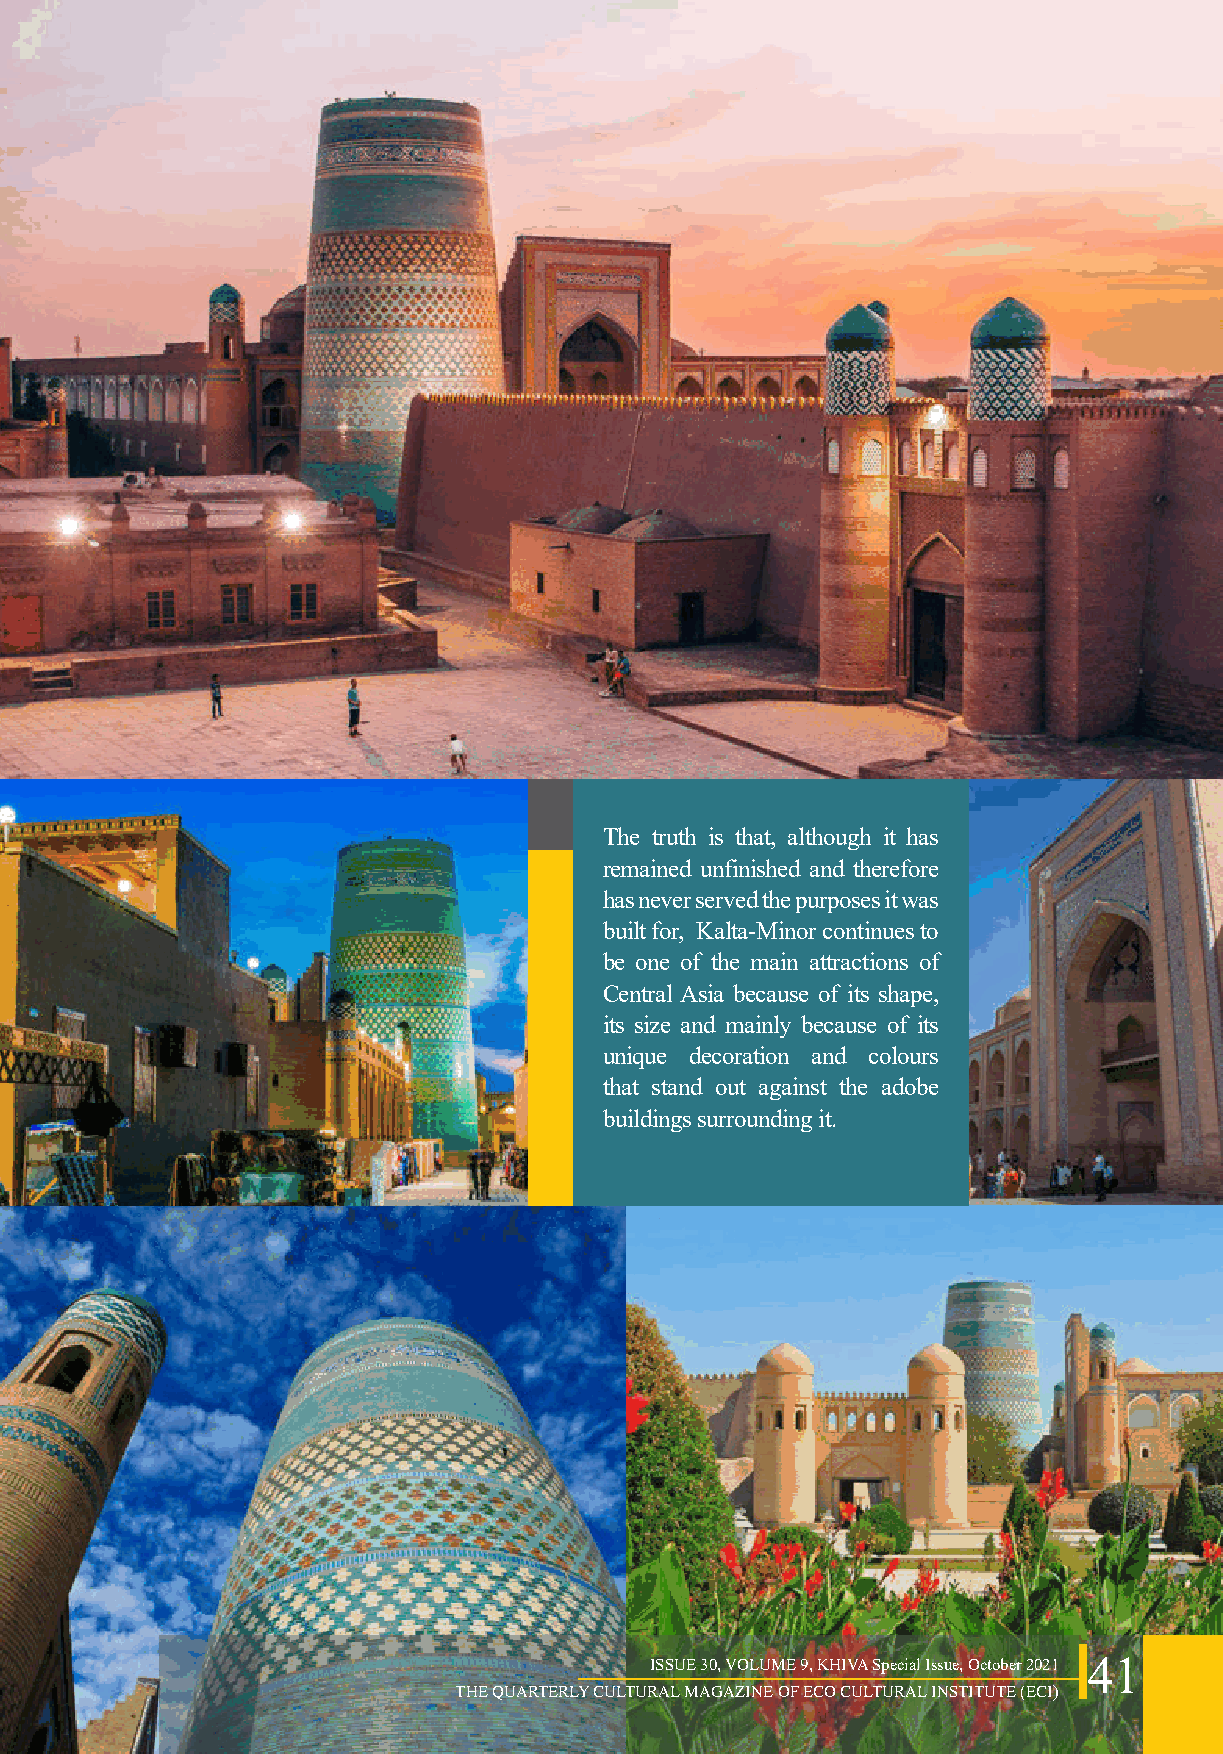
The truth is that, although it has
 remained unfinished and therefore
 has never served the purposes it was
 built for, Kalta-Minor continues to
 be one of the main attractions of
 Central Asia because of its shape,
 its size and mainly because of its
 unique decoration and colours
 that stand out against the adobe
 buildings surrounding it.
 ISSUE 30, VOLUME 9, KHIVA Special Issue, October 2021 41
 THE QUARTERLY CULTURAL MAGAZINE OF ECO CULTURAL INSTITUTE (ECI)